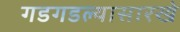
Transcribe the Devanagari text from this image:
गडगडल्यासारखे